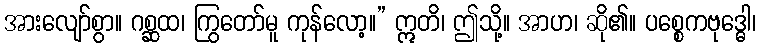
အားလျော်စွာ။ ဂစ္ဆထ၊ ကြွတော်မူ ကုန်လော့။” ဣတိ၊ ဤသို့။ အာဟ၊ ဆို၏။ ပစ္စေကဗုဒ္ဓေါ၊